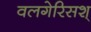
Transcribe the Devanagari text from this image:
वलगेरिसश्